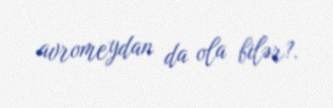
avromeydan da ola bilər?.